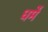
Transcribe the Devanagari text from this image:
धर्मे